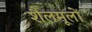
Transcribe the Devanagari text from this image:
शैलमूलों